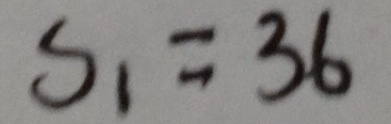
S _ { 1 } = 3 6